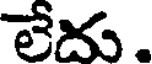
లేదు .